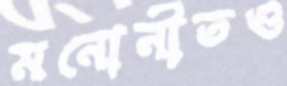
মনোনীতও